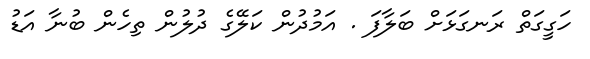
ހަގީގަތް ރަނގަޅަށް ބަލާފަ . އަމުދުން ކަލޭގެ ދުލުން ތިހެން ބުނާ އަޑު